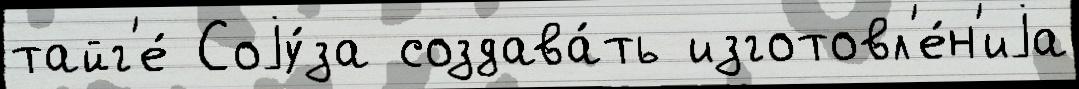
тайг'е́ Соjу́за создава́ть изготовл'е́н'иjа